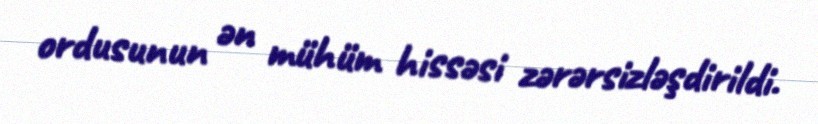
ordusunun ən mühüm hissəsi zərərsizləşdirildi.